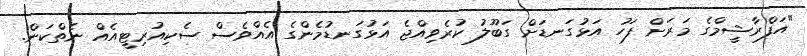
"އަފްރާޝީމްގެ މަރަށް ފަހު އަޅުގަނޑަށް ގަބޫލު ކުރެވިއްޖެ އަޅުގަނޑުމެންގެ އެއްވެސް ސެކިއުރިޓީއެއް ނެތްކަން.